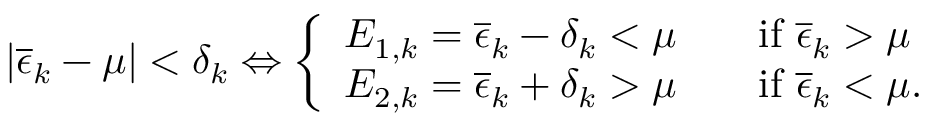
\left| \overline { { \epsilon } } _ { k } - \mu \right| < \delta _ { k } \Leftrightarrow \left\{ \begin{array} { l l } { E _ { 1 , k } = \overline { { \epsilon } } _ { k } - \delta _ { k } < \mu \qquad \mathrm { i f ~ } \overline { { \epsilon } } _ { k } > \mu } \\ { E _ { 2 , k } = \overline { { \epsilon } } _ { k } + \delta _ { k } > \mu \qquad \mathrm { i f ~ } \overline { { \epsilon } } _ { k } < \mu . } \end{array} \right.